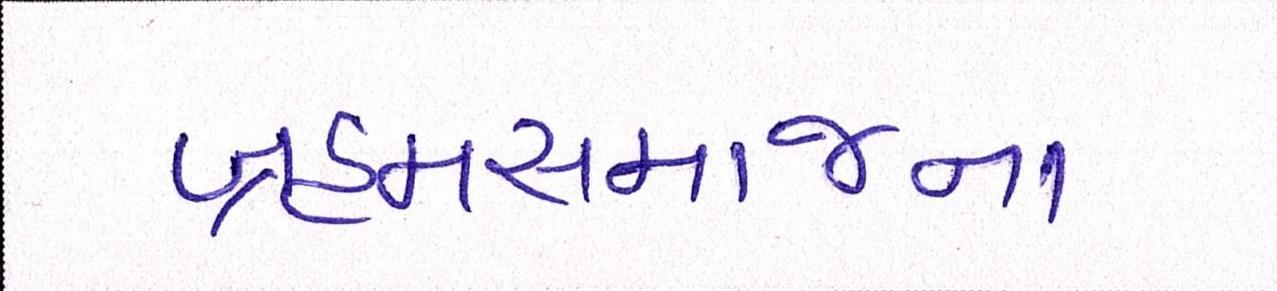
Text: બ્રહ્મસમાજના